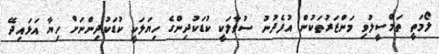
ލޯމަތީ ތަމްސީލުވި މަންޒަރުތަކުން އުފެދުނު ސުވާލަކީ ކުޑަކުދިންގެ ހިޔަލަކީ ކުޑަކުދިންނަށް ހިޔާ އަޅައިދޭ